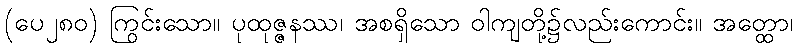
(ပေ၂၈၀) ကြွင်းသော။ ပုထုဇ္ဇနဿ၊ အစရှိသော ဝါကျတို့၌လည်းကောင်း။ အတ္ထော၊